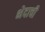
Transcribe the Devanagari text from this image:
भेदाची